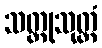
သတ္ထုသုတ္တံ